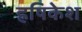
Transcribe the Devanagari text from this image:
ह्रषिकेश